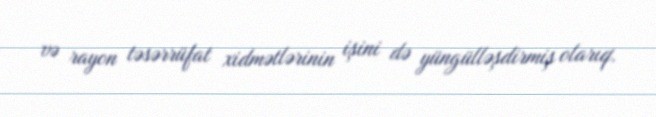
və rayon təsərrüfat xidmətlərinin işini də yüngülləşdirmiş olarıq.